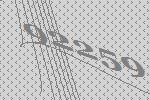
92259